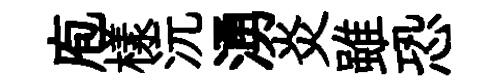
庖樣沅湧炎雖恐